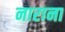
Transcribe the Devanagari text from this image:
नाराना